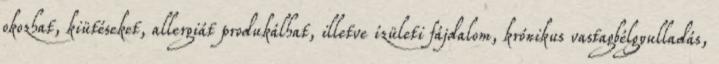
okozhat, kiütéseket, allergiát produkálhat, illetve ízületi fájdalom, krónikus vastagbélgyulladás,